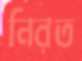
নিরত